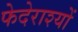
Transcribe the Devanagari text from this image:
फेदेराश्यों